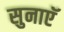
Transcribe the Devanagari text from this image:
सुनाएॅ